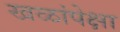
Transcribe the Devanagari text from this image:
खळांपेक्षा